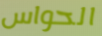
الحواس